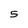
Character: 5